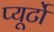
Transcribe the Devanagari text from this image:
प्‍यूर्टो